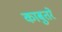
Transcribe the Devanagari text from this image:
काबुतरे